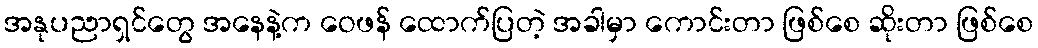
အနုပညာရှင်တွေ အနေနဲ့က ဝေဖန် ထောက်ပြတဲ့ အခါမှာ ကောင်းတာ ဖြစ်စေ ဆိုးတာ ဖြစ်စေ